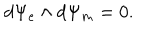
d \Psi _ { e } \wedge d \Psi _ { m } = 0 .